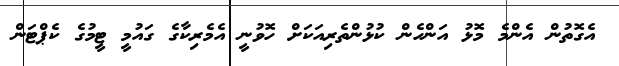
އެގޮތުން އެންމެ މޮޅު އަންހެން ކުޅުންތެރިއަކަަށް ހޮވުނީ އެމެރިކާގެ ގައުމީ ޓީމުގެ ކެޕްޓަން